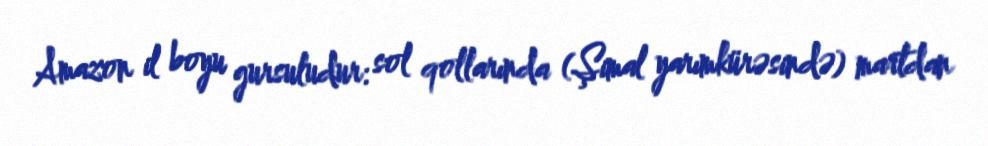
Amazon il boyu gursuludur: sol qollarında (Şimal yarımkürəsində) martdan